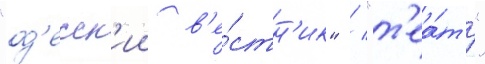
"од'есск'ии в'е́стн'ик" / "т'еа́тр"